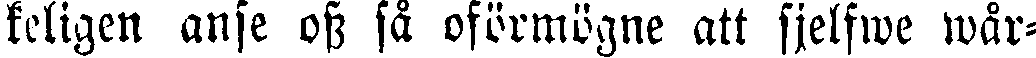
keligen anse oss så oförmögne att sjelfwe wår-